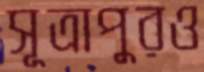
সূত্রাপুরও